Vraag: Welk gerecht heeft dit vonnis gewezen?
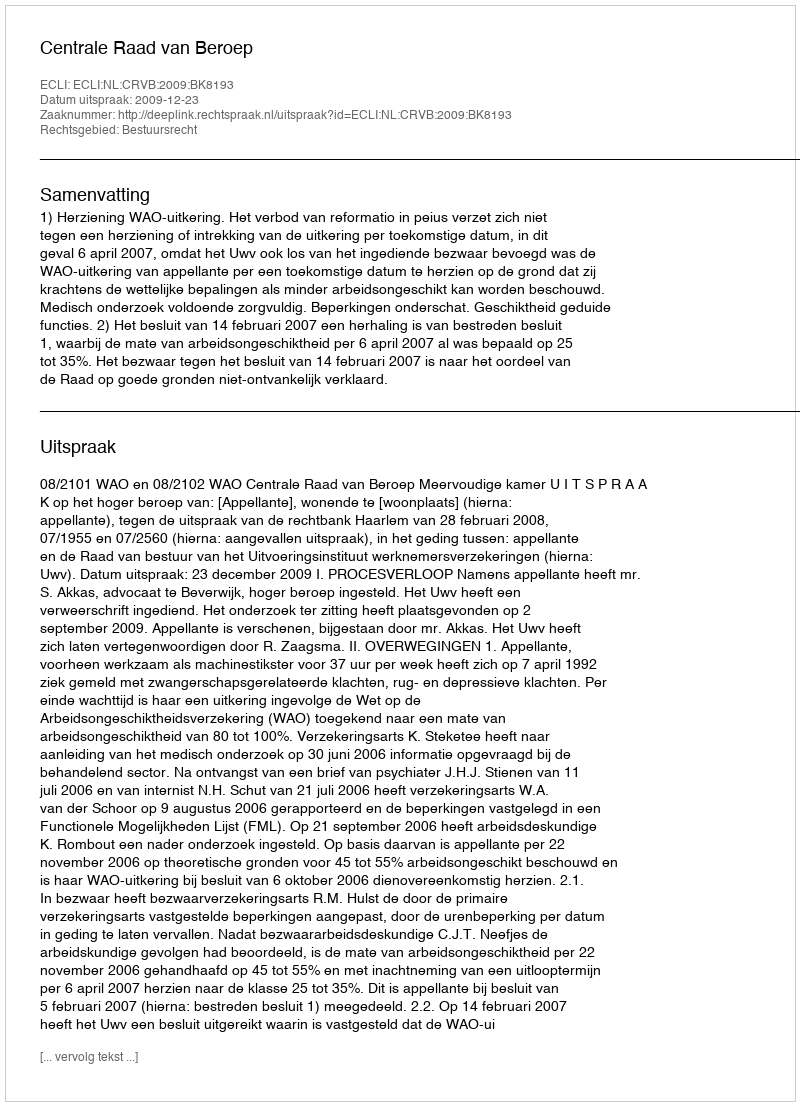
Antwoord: Centrale Raad van Beroep